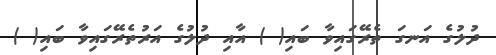
ދުލުގެ އަނގަ ތެރޭގައިވާ ބައި( ) އާއި ދުލުގެ އަރުތެރޭގައިވާ ބައި( )